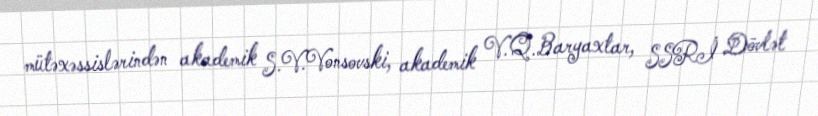
mütəxəssislərindən akademik S.V.Vonsovski, akademik V.Q.Baryaxtar, SSRİ Dövlət